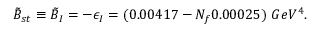
\tilde { B } _ { s t } \equiv \tilde { B } _ { I } = - \epsilon _ { I } = ( 0 . 0 0 4 1 7 - N _ { f } 0 . 0 0 0 2 5 ) \ G e V ^ { 4 } .